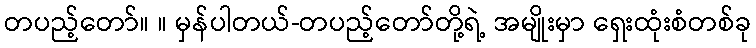
တပည့်တော်။ ။ မှန်ပါတယ်-တပည့်တော်တို့ရဲ့ အမျိုးမှာ ရှေးထုံးစံတစ်ခု